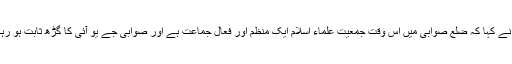
انہوں نے کہا کہ ضلع صوابی میں اس وقت جمعیت علماء اسلام ایک منظم اور فعال جماعت ہے اور صوابی جے یو آئی کا گڑھ ثابت ہو رہا ہے ۔